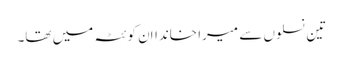
تین نسلوں سے میرا خانداان کوئٹہ میں تھا۔